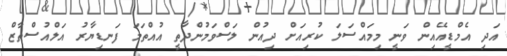
އަދި އެމްޑީއޭއިން ވަނީ މިމައްސަލަ ކުރިއަށް ދިއުން ލަސްވަމުންދާތީ އުއްތަމަ ފަނޑިޔާރު އަލްއުސްތާޒް